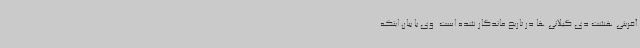
آفرینی هشت دی گیلانی ها در تاریخ ماندگار شده است. وی با بیان اینکه